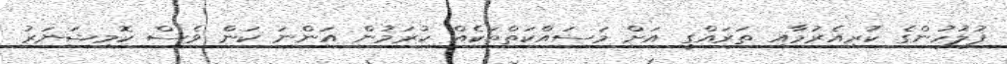
ފުލުހުންގެ ކުރިއެރުމާއި ތަރައްގީ އަށް މަސައްކަތްތަކެއް ކުރަމުން އަންނަ ކަން ވެސް ކޮމިޝަނަރު